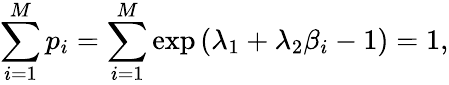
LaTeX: \sum_{i=1}^{M}p_{i}=\sum_{i=1}^{M}\exp{(\lambda_{1}+\lambda_{2}\beta_{i}-1)}=1,